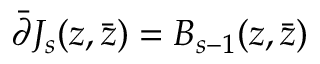
\bar { \partial } J _ { s } ( z , \bar { z } ) = B _ { s - 1 } ( z , \bar { z } )